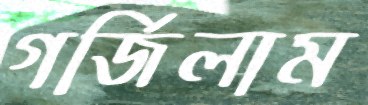
গর্জিলাম